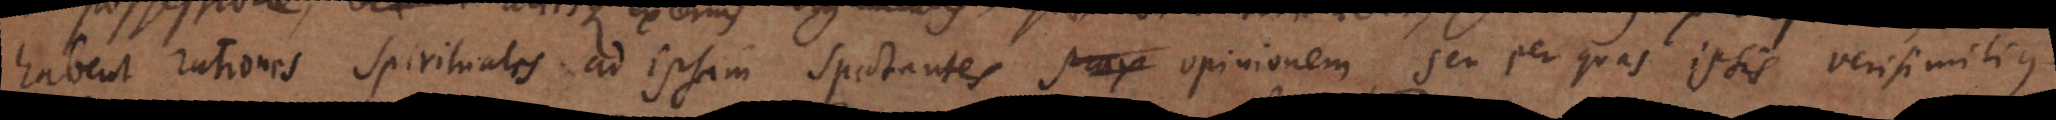
habent rationes spirituales ad ipsam spectantes prax opinionem, seu per quas ipsis verisimilius